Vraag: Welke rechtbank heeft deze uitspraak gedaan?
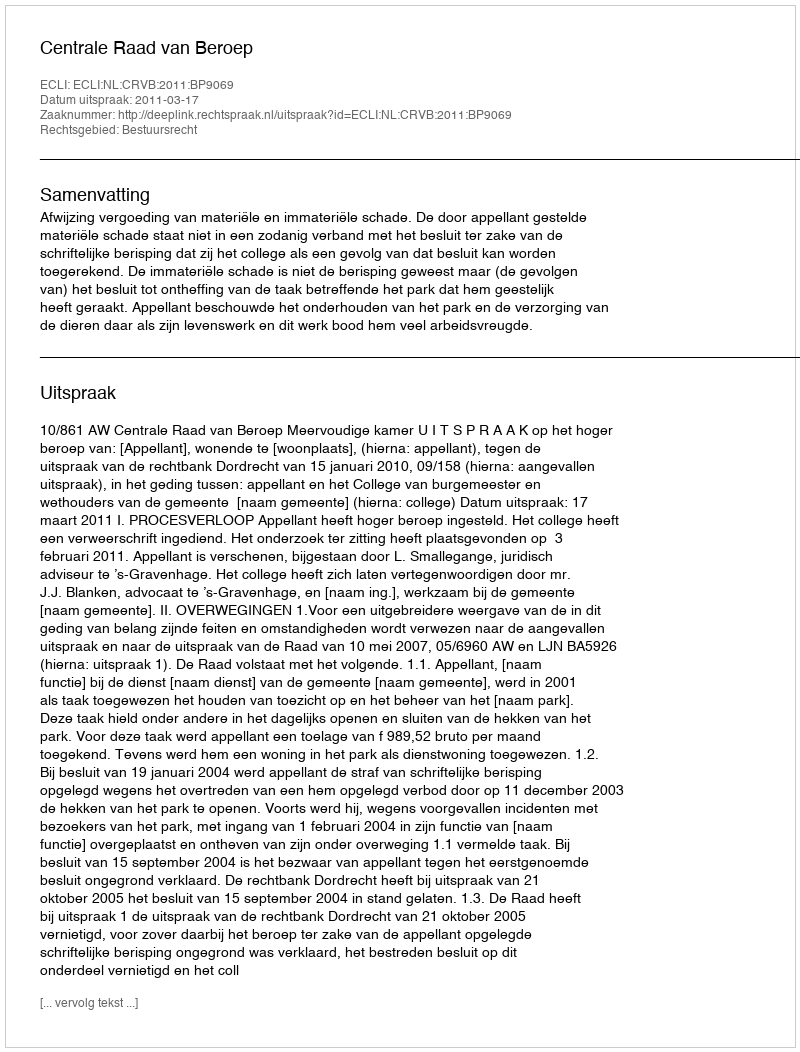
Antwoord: Centrale Raad van Beroep